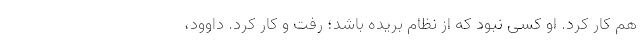
هم کار کرد. او کسی نبود که از نظام بریده باشد؛ رفت و کار کرد. داوود،